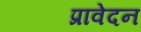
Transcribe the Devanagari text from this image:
प्रावेदन